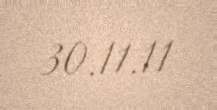
30.11.11